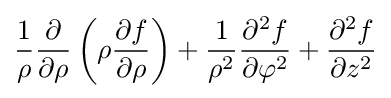
{1 \over \rho }{\partial  \over \partial \rho }\left(\rho {\partial f \over \partial \rho }\right)+{1 \over \rho ^{2}}{\partial ^{2}f \over \partial \varphi ^{2}}+{\partial ^{2}f \over \partial z^{2}}